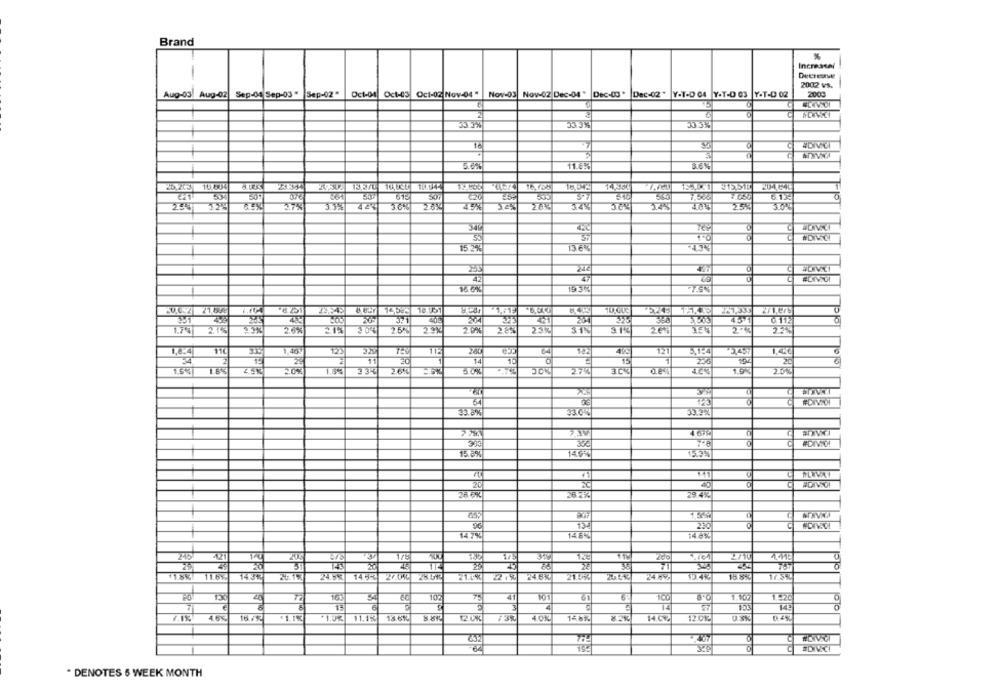
Brand
Increasel
-
Decrease
2002 vs.
Aug-03
Aug-02
Sep-04 Sep-03 "
Sep-02"
Oct-04
Oct-05 Oct-02 Nov-04 "
Nov-03 Nov-02 Dec-04 " Dec-03' Dec-02"
Y-T-D 04 Y-T-D 03 Y-T-D 02
2000
2
33 7%
4DIV01
5.0%
11.6%
16,705
16,372
14.354
204.640
61
501
3º
235
3.78
3.1%
423
365
243
3781
25%
340
35
37
15 2%
136%
4.3%
42
16 6%
18.151
421
PIO
1,7%
26%
2.9%
20%
315
2.742
1,6:4
1.48H
12
112
12
121
5.124
2457
1,40
20
1
14
TE
15
20
1.5€
1.8%
1.35
274
424
H
#DIVIDI
33.5%
31
#DIMIO!
15 0%
145
2827
29 4Kč
230
147%
145%
140K.
245
421
175
2/10
45
11
767
11.8%
11.6%
1434
14.5-
27.01
22 .50
24.6%
24.5%
28.599
21.6%
17.3%
20
10℃
75
4
1.10
1.570
7
3
14
18.6%
40%
*1.UK
11.1%
120%
12.0%
* DENOTES 6 WEEK MONTH